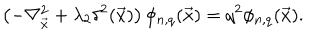
\left( - \nabla _ { \vec { x } } ^ { 2 } + \lambda _ { 2 } \delta ^ { 2 } ( { \vec { x } } ) \right) \phi _ { n , q } ( { \vec { x } } ) = q ^ { 2 } \phi _ { n , q } ( { \vec { x } } ) .